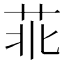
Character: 𦮃